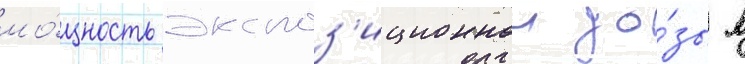
мо́щность экспоз'иционнои до́зы в